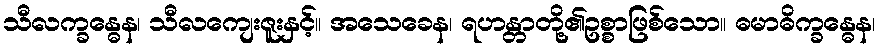
သီလက္ခန္ဓေန၊ သီလကျေးဇူးနှင့်။ အသေခေန၊ ရဟန္တာတို့၏ဥစ္စာဖြစ်သော။ ဓမာဓိက္ခန္ဓေန၊